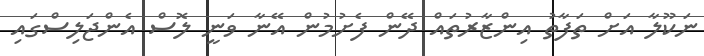
ނަކޫލާ އަށް ތަފާތު އިންޒާރުތައް ދޭން ފެށުމުން އޭނާ ވަނީ ލޮސް އެންޖަލިސްގައި